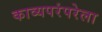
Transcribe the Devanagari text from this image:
काव्यपरंपरेला